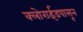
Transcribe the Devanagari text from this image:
क्लोराईडपासून